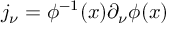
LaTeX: j _ { \nu } = \phi ^ { - 1 } ( x ) \partial _ { \nu } \phi ( x )